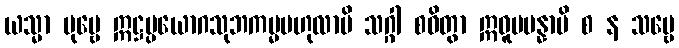
ယသ္မာ ပုဗ္ဗေ ဣဋ္ဌပ္ပယောဂသုဘကမ္မဗဟုလာပိ သဂ္ဂါ စဝိတွာ ဣဓူပပန္နာပိ စ န သဗ္ဗေ